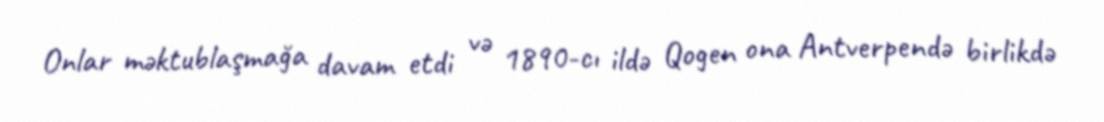
Onlar məktublaşmağa davam etdi və 1890-cı ildə Qogen ona Antverpendə birlikdə